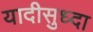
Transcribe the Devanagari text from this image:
यादीसुध्दा